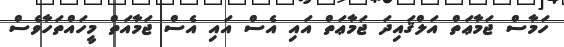
ހަމާސް ޖަމާޢަތް އަލްޤައިދަ ޖަމާޢަތް އައި އެސް އައި އެސް ޖަމާއަތް މީހައްތަހާވެސް